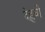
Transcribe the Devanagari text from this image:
देह्लवी